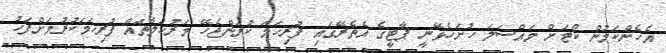
އެހެންކަމުން ކޯޓަށް މައްސަލަ ހުށަހެޅޭނީ ޕާޓީގެ އެތެރޭގައި ފުރިހަމަ ކުރަންޖެހޭ މަރުހަލާތައް ފުރިހަމަކުރުމަށްފަހު